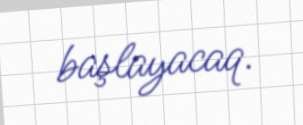
başlayacaq.